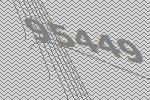
95449